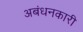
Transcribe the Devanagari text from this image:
अबंधनकारी